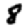
Digit: 8